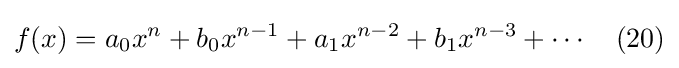
f(x)=a_{0}x^{n}+b_{0}x^{n-1}+a_{1}x^{n-2}+b_{1}x^{n-3}+\cdots \quad (20)